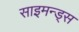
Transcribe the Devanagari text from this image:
साइमन्ड्स